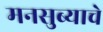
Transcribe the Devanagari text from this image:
मनसुब्याचे